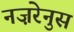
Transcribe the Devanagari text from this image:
नज़रेनुस